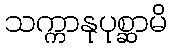
သက္ကာနုပုစ္ဆာမိ